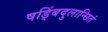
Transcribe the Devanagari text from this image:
षड्बिंदुलान्छितं